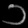
Digit: ၁